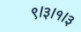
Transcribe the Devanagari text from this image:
९।३।१।३